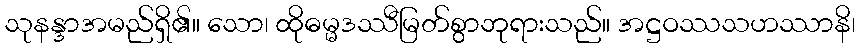
သုနန္ဒာအမည်ရှိ၏။ သော၊ ထိုဓမ္မဒဿီမြတ်စွာဘုရားသည်။ အဋ္ဌဝဿသဟဿာနိ၊